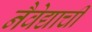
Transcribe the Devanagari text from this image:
नैवेद्याची